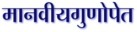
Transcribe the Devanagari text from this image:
मानवीयगुणोपेत